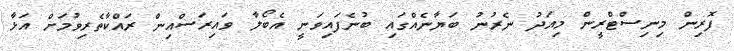
ފޮރިން މިނިސްޓްރީން މިއަދު ނެރުނު ބަޔާނެއްގައި ބުނެފައިވަނީ އެބޯލާ ވައިރަސްއިން ރައްކާތެރިވުމަށް އަޅާ